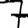
Digit: 7